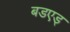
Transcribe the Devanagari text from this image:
बडएड्